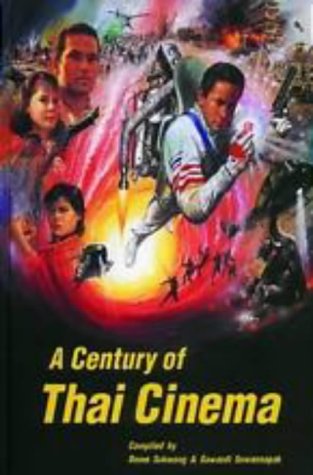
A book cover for A Century of Thai Cinema (River Books); Dome Sukwong; Crafts, Hobbies & Home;